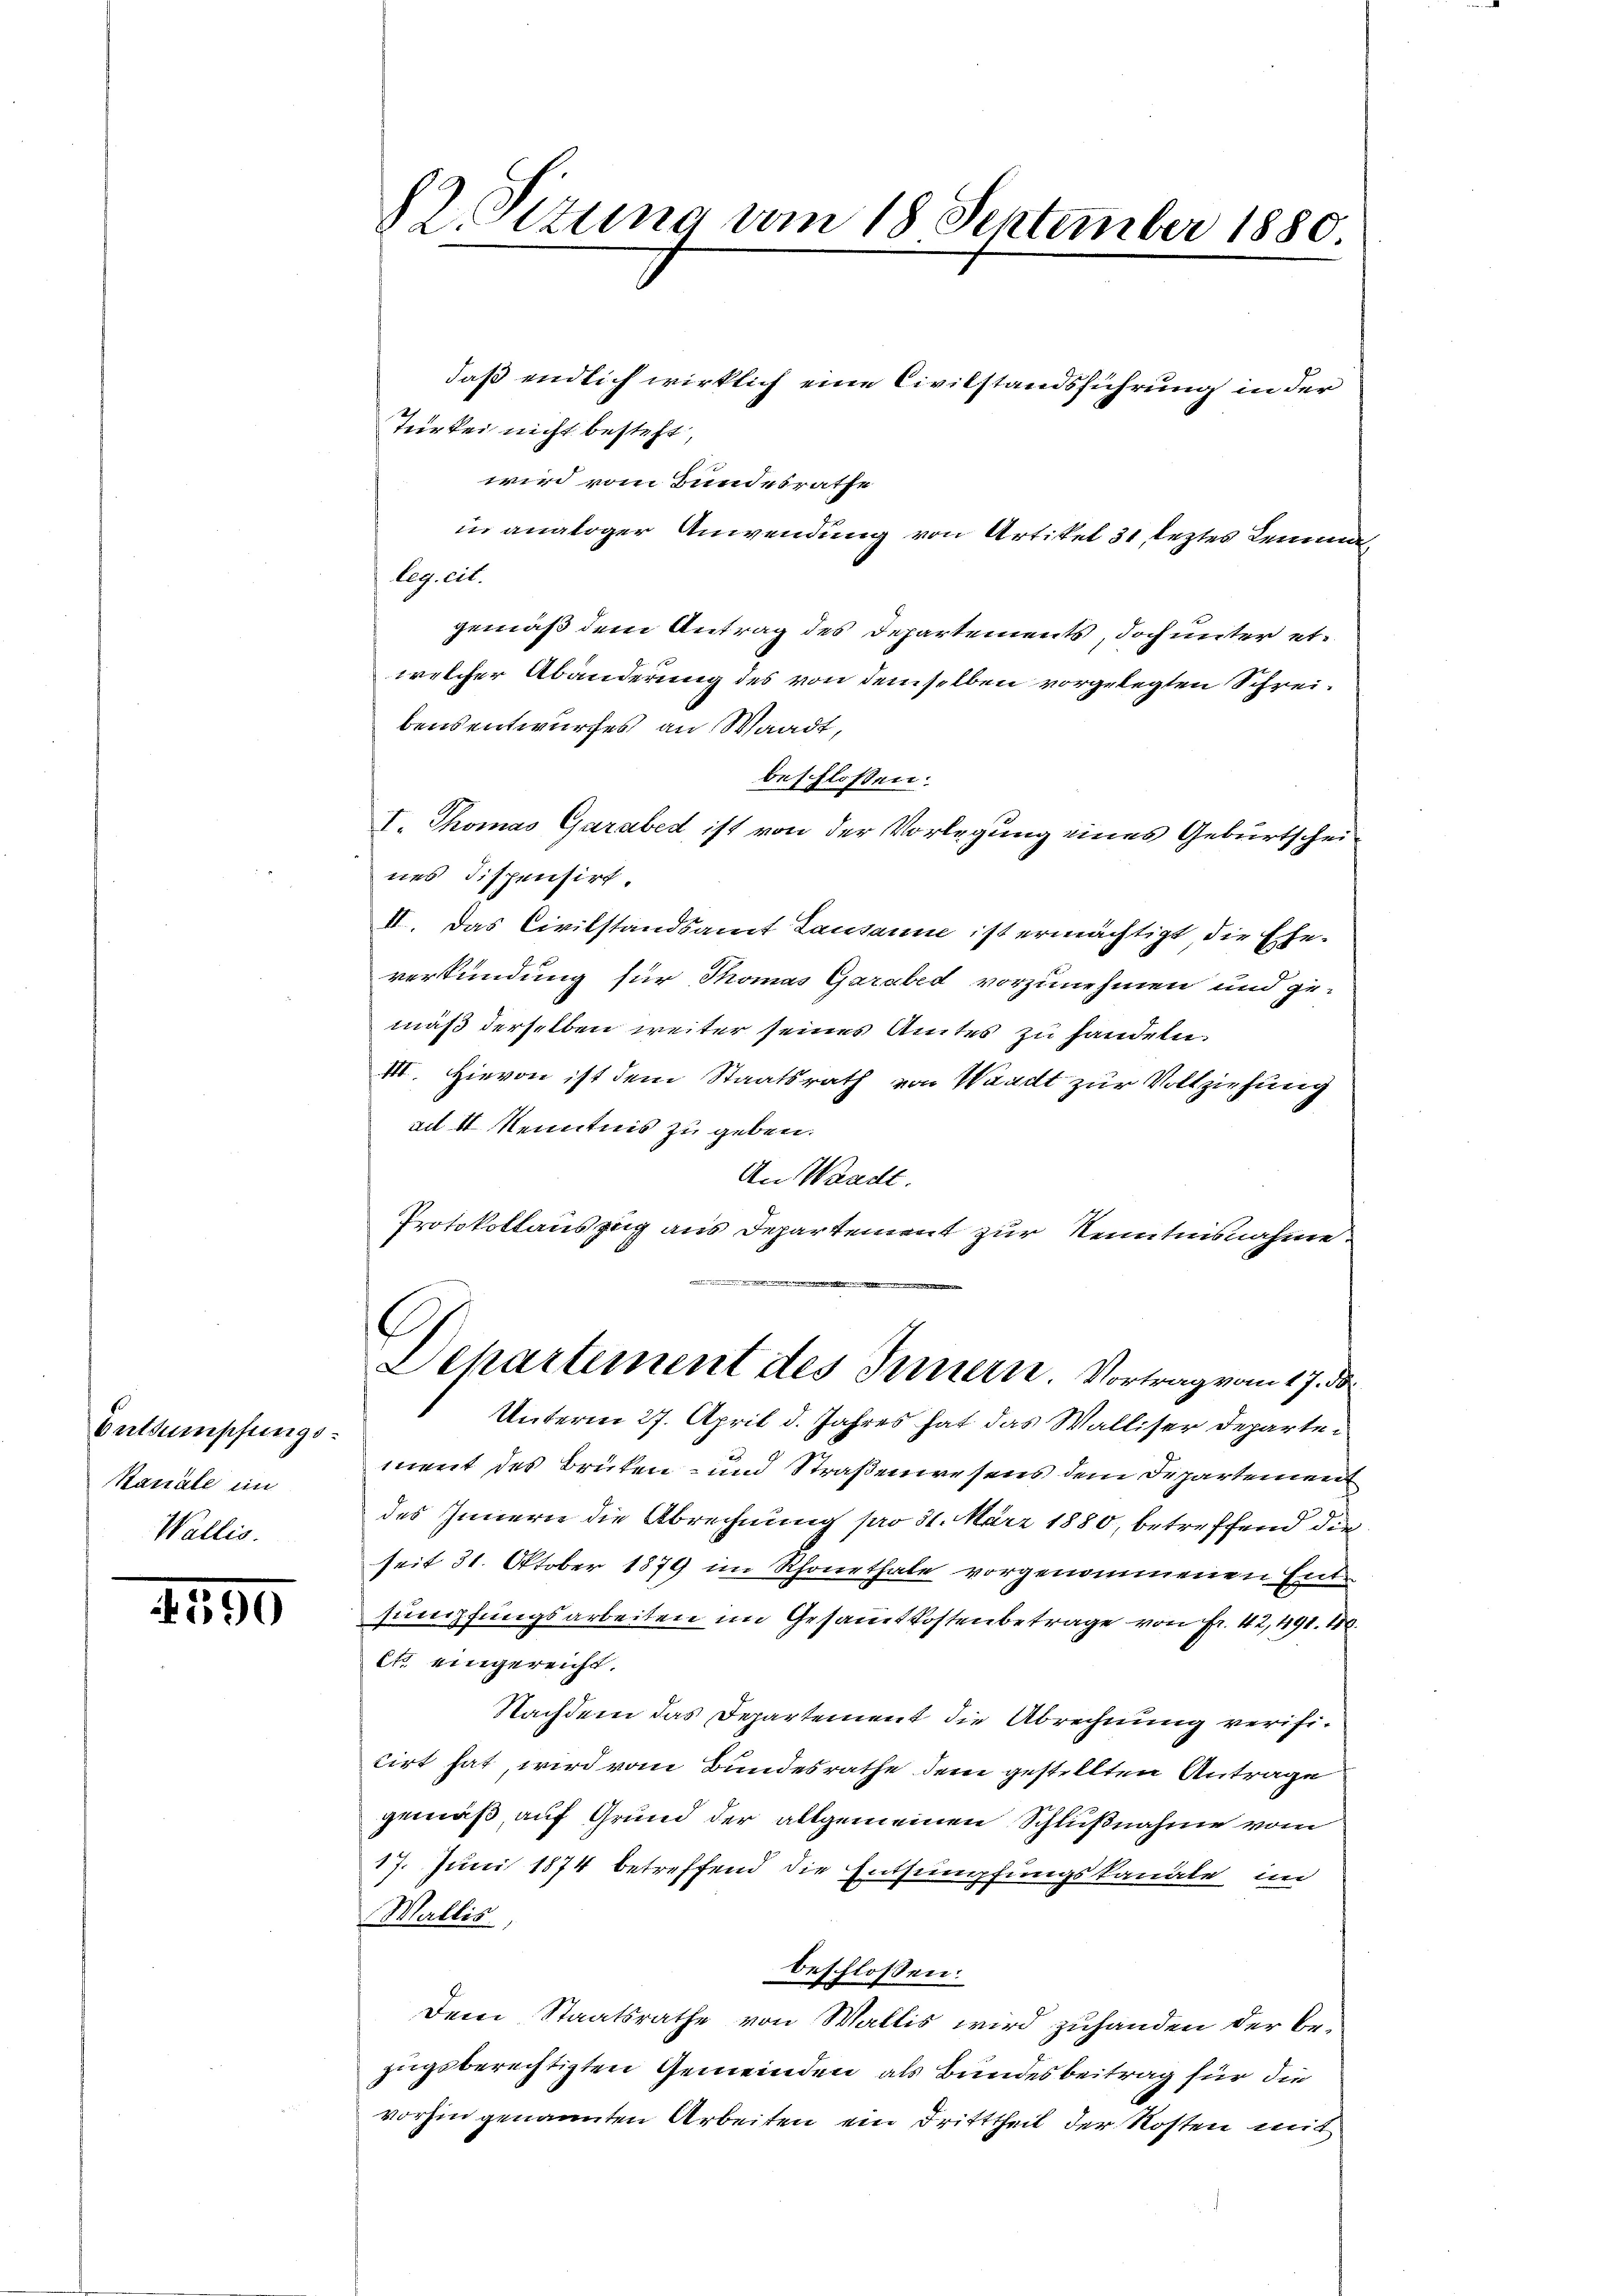
Entsumpfungs¬
Kanäle in
Wallis.

590

82. Sizung vom 18 September 1880.

Teir bei nicht besteht,
wird vom Bundesrathe
in analoger Anwendung von Artikel 31, leztes Lemmaleg. cit.
gemäß dem Antrag des Departements, doch unter etwelcher Abänderung des von demselben vorgelegten Schreibensentwurfes an Waadt,
beschlossen:
I. Thomas Garabed ist von der Vorlegung eines Geburtscheines dispensirt.
II. Das Civilstandsamt Lausanne ist ermächtigt die Ehe-
verkündung für Thomas Garaber vorzunehmen und ge-
mäß derselben weiter seines Amtes zu handeln.
III. Hievon ist dem Staatsrath von Waadt zur Vollziehung
au II Kenntnis zu geben.
An Waadt.
Protokollauszug aus Departement zur Kenntnisnahme
.
G
Sekartement des Innern. Vortrag vom 17. d
Unterm 27. April d. Jahres hat das Walliser Departei
ment des Brüken- und Straßenwesens dem Departement
des Innern die Abrechnung pro 31. März 1880, betreffend die
seit 31. Oktober 1879 im Rhonethale vorgenommenen Entsumpfungsarbeiten im Gesamtkostenbetrage von Fr. 42,491. 10.
it eingereicht.
Nachdem das Departement die Abrechnung verificirt hat, wird vom Bundesrathe dem gestellten Antrage
gemäß, auf Grund der allgemeinen Schlußnahme vom
17. Juni 1874 betreffend die Entsumpfungskanale in
Wallis,
beschlossen:
Dem Staatsrathe von Wallis wird zuhanden der bezugeberechtigten Gemeinden als Bundesbeitrag für die
vorhin genannten Arbeiten ein Dritttheil der Kosten mit

daß endlich wirklich eine Civilstandsführung in der